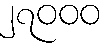
၂၇၀၀၀